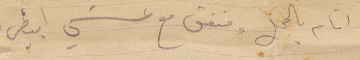
أيام بالجمل ومتفق مع عشي ابيض